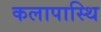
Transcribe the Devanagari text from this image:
कलापास्थि